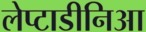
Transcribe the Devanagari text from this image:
लेप्टाडीनिआ